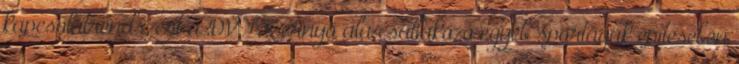
kapcsolatrendszert a DVTK ernyő alá csatlakozó egyéb sportágak építésében